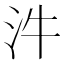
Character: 汼